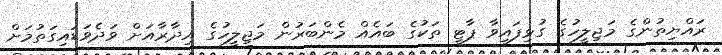
ރައްޔިތުންގެ މަޖިލީހުގެ ގުޅިފައިވާ ޕާޓީ ތަކުގެ ބައެއް މެންބަރުން މަޖިލީހުގެ އިދާރާއަށް ވަދެވަޑައިގަތުމަށް